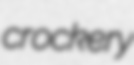
crockery